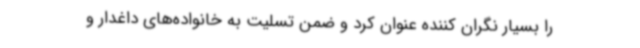
را بسیار نگران کننده عنوان کرد و ضمن تسلیت به خانواده‌های داغدار و